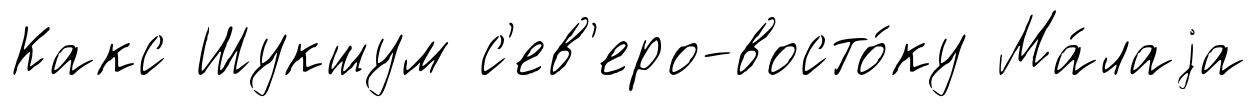
Какс Шукшум с'ев'еро-восто́ку Ма́лаjа